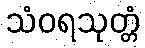
သံဝရသုတ္တံ